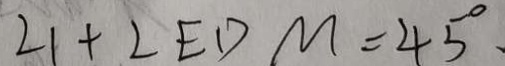
\angle 1 + \angle E D M = 4 5 ^ { \circ }